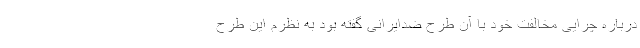
درباره چرایی مخالفت خود با آن طرح ضدایرانی گفته بود به ‌نظرم این طرح